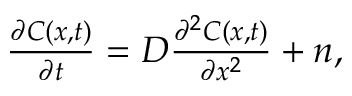
\begin{array} { r } { \frac { \partial C ( x , t ) } { \partial t } = D \frac { \partial ^ { 2 } C ( x , t ) } { \partial x ^ { 2 } } + n , } \end{array}